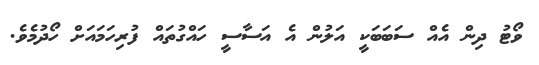
ވޯޓު ދިން އެއް ސަބަބަކީ އަލުން އެ އަސާސީ ހައްގުތައް ފުރިހަމައަށް ހޯދުމެވެ.